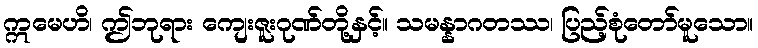
ဣမေဟိ၊ ဤဘုရား ကျေးဇူးဂုဏ်တို့နှင့်။ သမန္နာဂတဿ၊ ပြည့်စုံတော်မူသော။